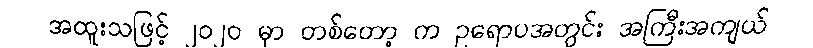
အထူးသဖြင့် ၂၀၂၀ မှာ တစ်တော့ က ဥရောပအတွင်း အကြီးအကျယ်